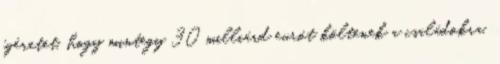
ígéretet, hogy mintegy 30 milliárd eurót költenek a családokra,